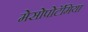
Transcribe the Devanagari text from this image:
मेसोपोटॅमिया